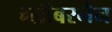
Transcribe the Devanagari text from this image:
ग्लीबरमैन